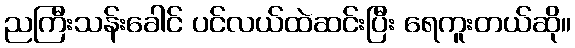
ညကြီးသန်းခေါင် ပင်လယ်ထဲဆင်းပြီး ရေကူးတယ်ဆို။